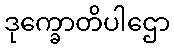
ဒုက္ခောတိပါဌော